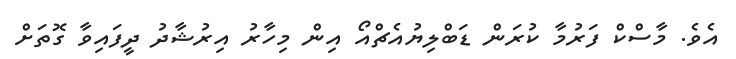
އެވެ. މާސްކް ފަރުމާ ކުރަން ޑަބްލިޔުއެޗްއޯ އިން މިހާރު އިރުޝާދު ދީފައިވާ ގޮތަށް